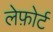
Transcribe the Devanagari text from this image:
लेफ़ोर्ट